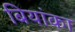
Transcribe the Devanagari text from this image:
बियांका